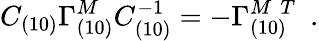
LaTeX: C_{(10)}\Gamma_{(10)}^{M}C_{(10)}^{-1}=-\Gamma_{(10)}^{{M}\, \, T}~~.